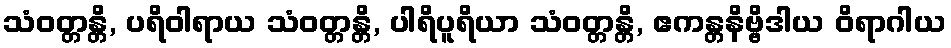
သံဝတ္တန္တိ, ပရိဝါရာယ သံဝတ္တန္တိ, ပါရိပူရိယာ သံဝတ္တန္တိ, ဧကန္တနိဗ္ဗိဒါယ ဝိရာဂါယ